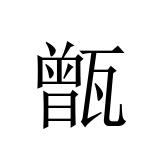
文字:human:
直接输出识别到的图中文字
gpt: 甑